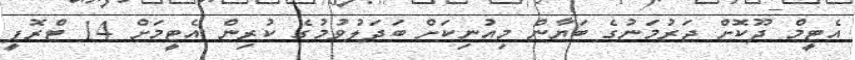
އެޓީމް ދޫކޮށް ޖަރުމަނުގެ ބަޔާން މިއުނިކަށް ބަދަލުވުމުގެ ކުރިން އެޓީމަށް 14 ޓްރޮފީ